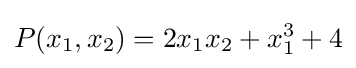
P(x_{1},x_{2})=2x_{1}x_{2}+x_{1}^{3}+4